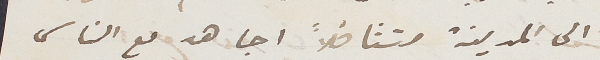
الى المدينة متثاقلاً اجاهد مع الناس